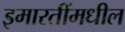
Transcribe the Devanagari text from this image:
इमारतींमधील